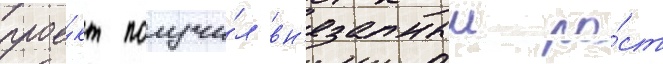
прое́кт получи́л вн'езапныи ро́ст